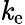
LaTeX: \mathit{k}_{\mathrm{{e}}}